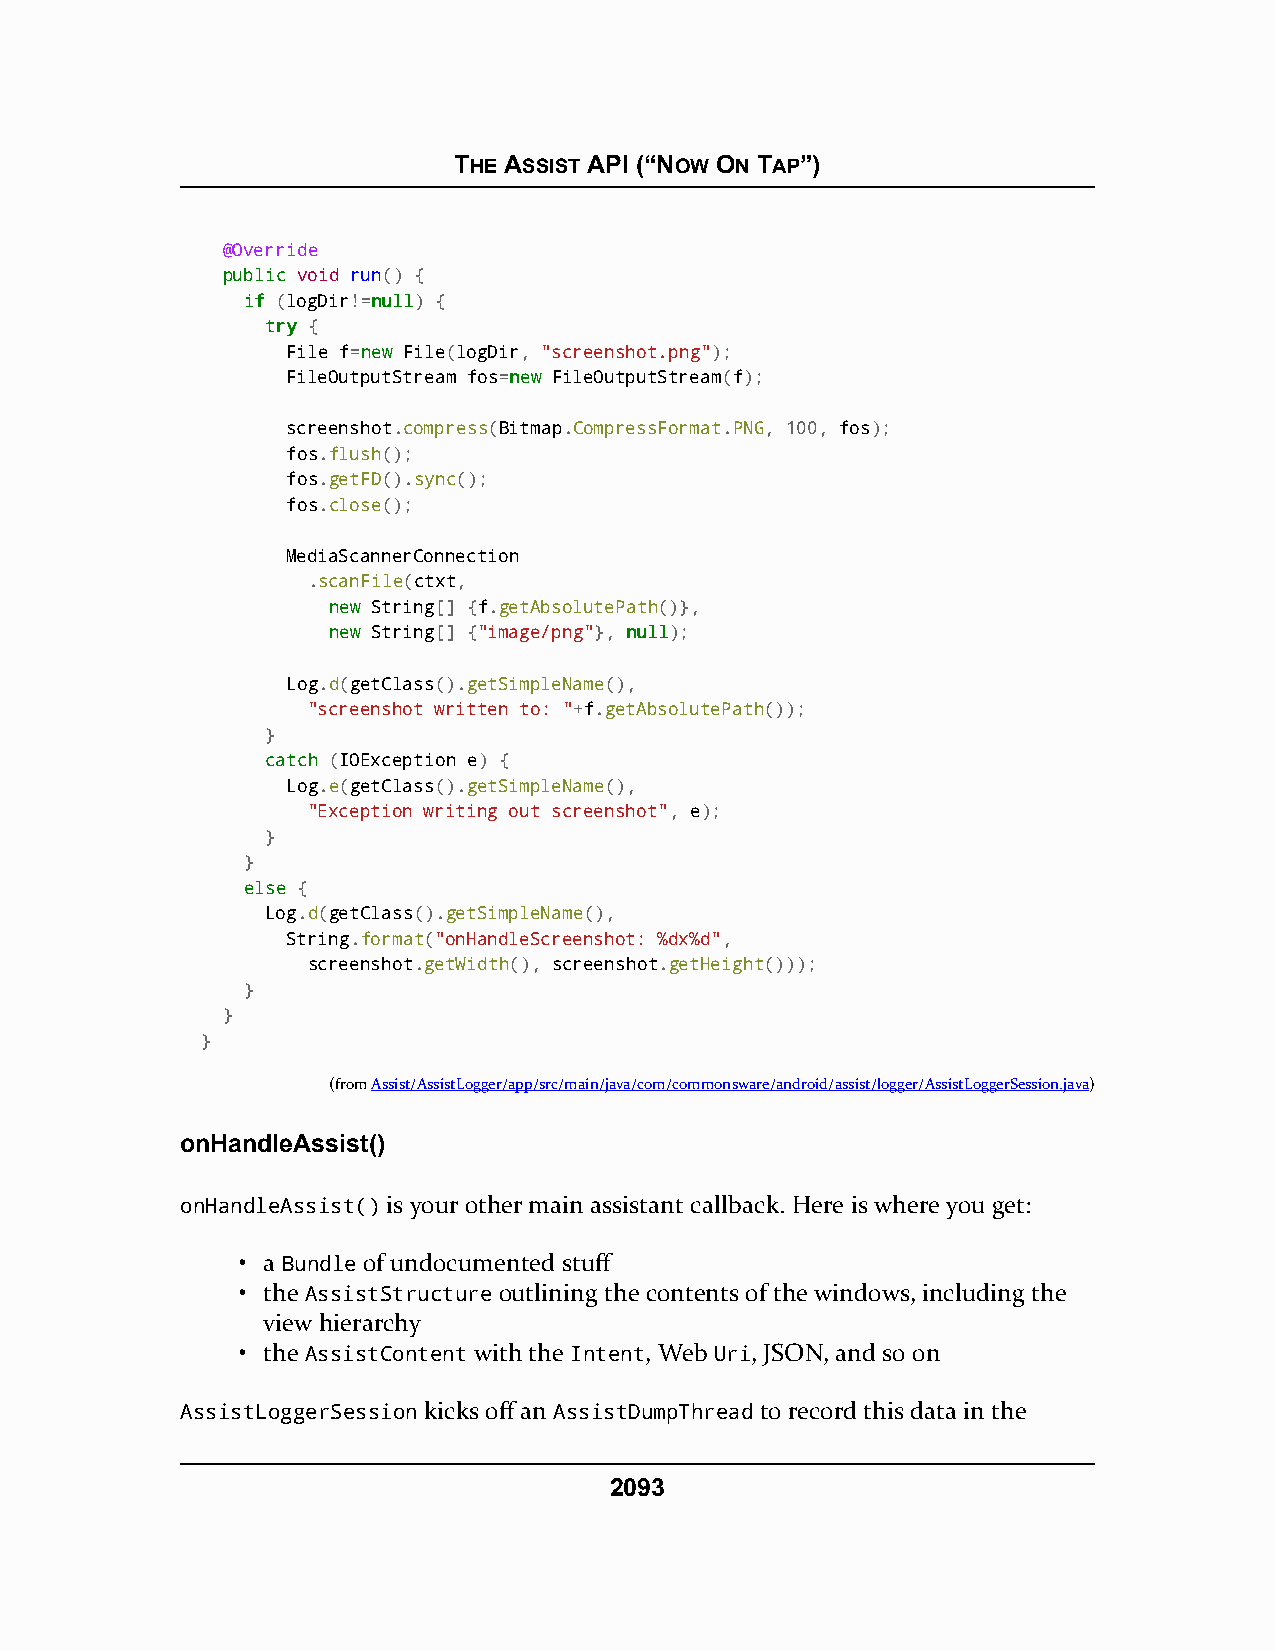
THE ASSIST API (“NOW ON TAP”)
 @Override
 ppuubblliicc void run() {
 iiff (logDir!=nnuullll) {
 ttrryy {
 File f=nneeww File(logDir, "screenshot.png");
 FileOutputStream fos=nneeww FileOutputStream(f);
 screenshot.compress(Bitmap.CompressFormat.PNG, 100, fos);
 fos.flush();
 fos.getFD().sync();
 fos.close();
 MediaScannerConnection
 .scanFile(ctxt,
 nneeww String[] {f.getAbsolutePath()},
 nneeww String[] {"image/png"}, nnuullll);
 Log.d(getClass().getSimpleName(),
 "screenshot written to: "+f.getAbsolutePath());
 }
 ccaattcchh (IOException e) {
 Log.e(getClass().getSimpleName(),
 "Exception writing out screenshot", e);
 }
 }
 eellssee {
 Log.d(getClass().getSimpleName(),
 String.format("onHandleScreenshot: %dx%d",
 screenshot.getWidth(), screenshot.getHeight()));
 }
 }
 }
 (fromAssist/AssistLogger/app/src/main/java/com/commonsware/android/assist/logger/AssistLoggerSession.java)
 onHandleAssist()
 onHandleAssist() is your other main assistant callback. Here is where you get:
 • a Bundle of undocumented stuff
 • the AssistStructure outlining the contents of the windows, including the
 view hierarchy
 • the AssistContent with the Intent, Web Uri, JSON, and so on
 AssistLoggerSession kicks off an AssistDumpThread to record this data in the
 2093